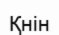
Қнін